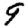
Digit: 9